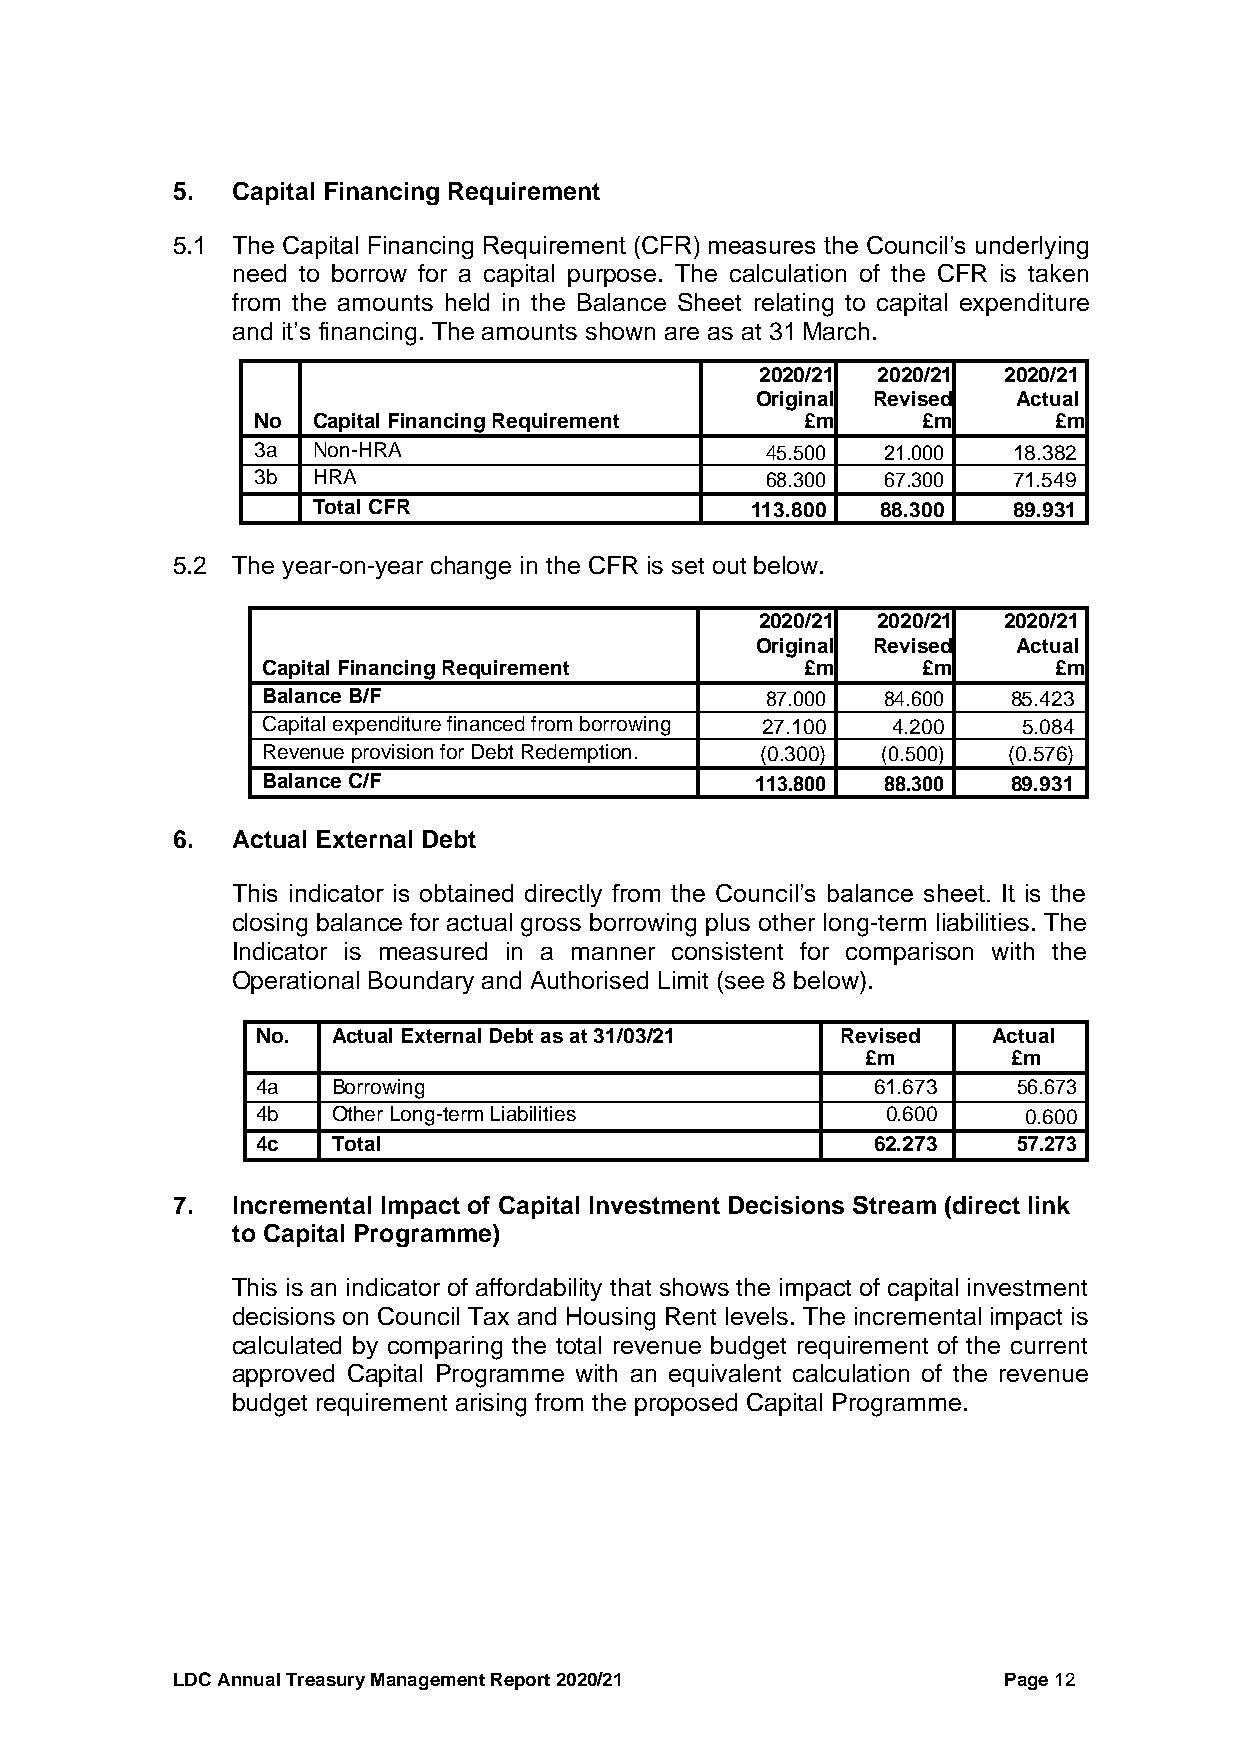
5.  Capital Financing Requirement
 5.1 The Capital Financing Requirement (CFR) measures the Council’s underlying
 need to borrow for a capital purpose. The calculation of the CFR is taken
 from the amounts held in the Balance Sheet relating to capital expenditure
 and it’s financing. The amounts shown are as at 31 March.
 2020/21 2020/21 2020/21
 Original Revised Actual
 No  Capital Financing Requirement   £m      £m       £m
 3a  Non-HRA                       45.500 21.000   18.382
 3b  HRA                           68.300 67.300   71.549
 Total CFR                    113.800 88.300   89.931
 5.2 The year-on-year change in the CFR is set out below.
 2020/21 2020/21 2020/21
 Original Revised Actual
 Capital Financing Requirement       £m      £m       £m
 Balance B/F                       87.000 84.600   85.423
 Capital expenditure financed from borrowing 27.100 4.200 5.084
 Revenue provision for Debt Redemption. (0.300) (0.500) (0.576)
 Balance C/F                      113.800 88.300   89.931
 6.  Actual External Debt
 This indicator is obtained directly from the Council’s balance sheet. It is the
 closing balance for actual gross borrowing plus other long-term liabilities. The
 Indicator is measured in a manner consistent for comparison with the
 Operational Boundary and Authorised Limit (see 8 below).
 No.  Actual External Debt as at 31/03/21 Revised Actual
 £m        £m
 4a   Borrowing                           61.673   56.673
 4b   Other Long-term Liabilities          0.600    0.600
 4c   Total                               62.273   57.273
 7.  Incremental Impact of Capital Investment Decisions Stream (direct link
 to Capital Programme)
 This is an indicator of affordability that shows the impact of capital investment
 decisions on Council Tax and Housing Rent levels. The incremental impact is
 calculated by comparing the total revenue budget requirement of the current
 approved Capital Programme with an equivalent calculation of the revenue
 budget requirement arising from the proposed Capital Programme.
 LDC Annual Treasury Management Report 2020/21          Page 12